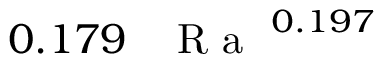
0 . 1 7 9 \, \mathrm { ~ \textit ~ { ~ R ~ a ~ } ~ } ^ { 0 . 1 9 7 }